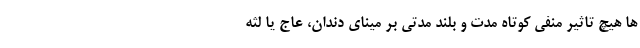
ها هیچ تاثیر منفی کوتاه مدت و بلند مدتی بر مینای دندان، عاج یا لثه